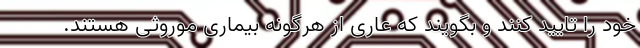
خود را تایید کنند و بگویند که عاری از هرگونه بیماری موروثی هستند.